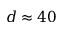
d \approx 4 0